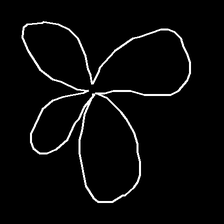
Glyph: billowing